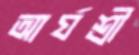
আর্যশ্রী